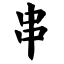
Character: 串